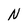
Character: N